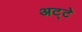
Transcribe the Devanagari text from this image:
अट्टे